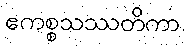
ဧကစ္စသဿတိကာ